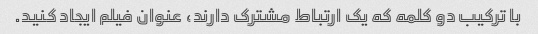
با ترکیب دو کلمه که یک ارتباط مشترک دارند، عنوان فیلم ایجاد کنید.